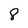
Character: 8